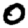
Digit: 0